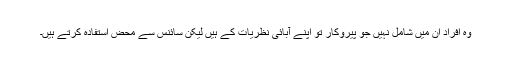
وہ افراد ان میں شامل نہیں جو پیروکار تو اپنے آبائی نظریات کے ہیں لیکن سائنس سے محض استفادہ کرتے ہیں۔